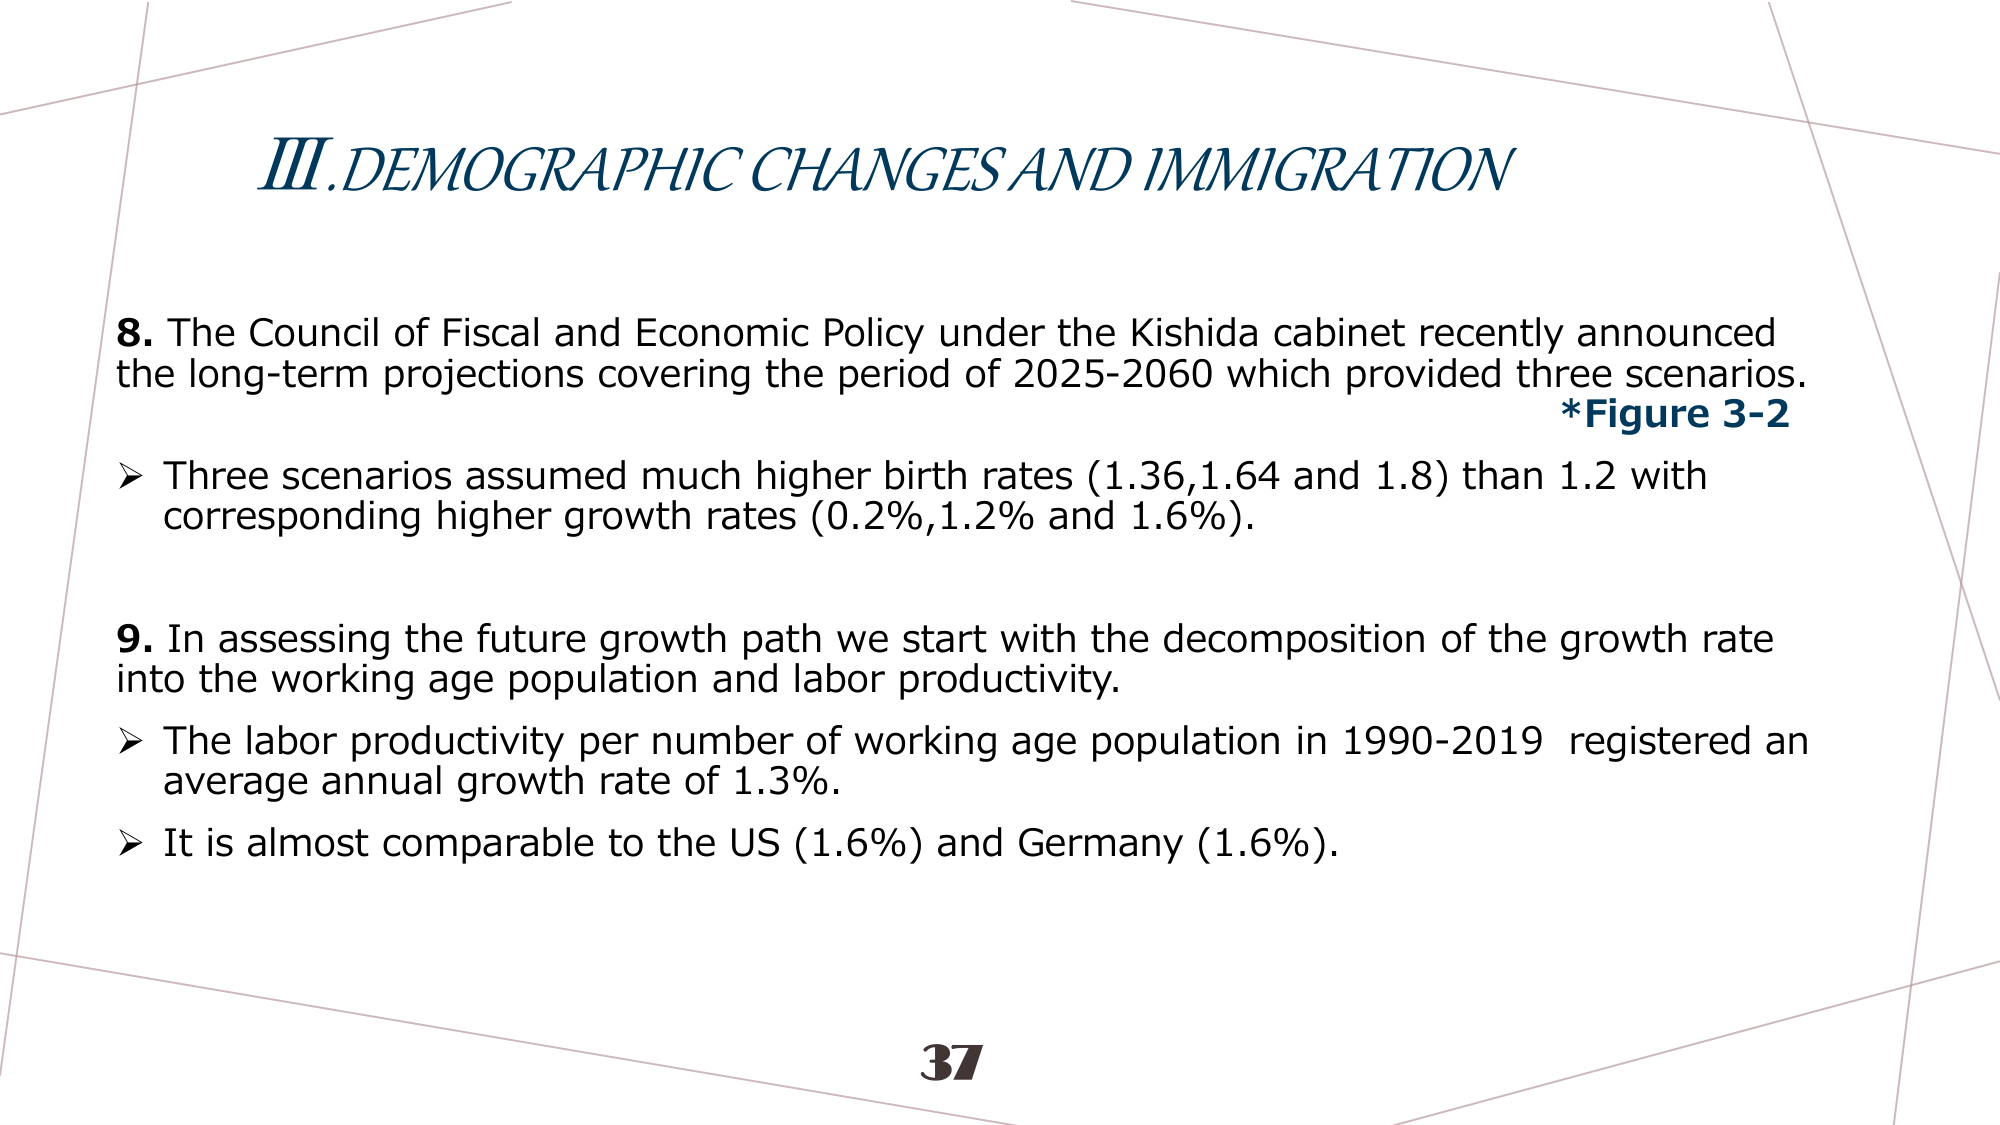
III. DEMOGRAPHIC CHANGES AND IMMIGRATION

8. The Council of Fiscal and Economic Policy under the Kishida cabinet recently announced the long-term projections covering the period of 2025-2060 which provided three scenarios. *Figure 3-2
➤ Three scenarios assumed much higher birth rates (1.36, 1.64 and 1.8) than 1.2 with corresponding higher growth rates (0.2%, 1.2% and 1.6%).

9. In assessing the future growth path we start with the decomposition of the growth rate into the working age population and labor productivity.
➤ The labor productivity per number of working age population in 1990-2019 registered an average annual growth rate of 1.3%.
➤ It is almost comparable to the US (1.6%) and Germany (1.6%).

37